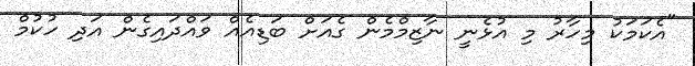
"އެކަމަކު މިހާރު މި އުޅެނީ ނާޒިމްމެން ގެއަށް ބަޑިއެއް ވައްދައިގެން އަދި ހުކުމް